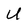
Character: U